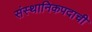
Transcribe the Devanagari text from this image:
संस्थानिकपदाची